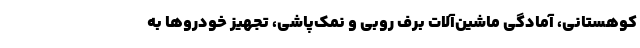
کوهستانی، آمادگی ماشین‌آلات برف روبی و نمک‌پاشی، تجهیز خودرو‌ها به